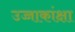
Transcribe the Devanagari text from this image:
उच्चाकांक्षा